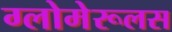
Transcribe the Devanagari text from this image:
ग्लोमेरूलस